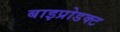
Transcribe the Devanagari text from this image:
बाइप्रोडक्ट